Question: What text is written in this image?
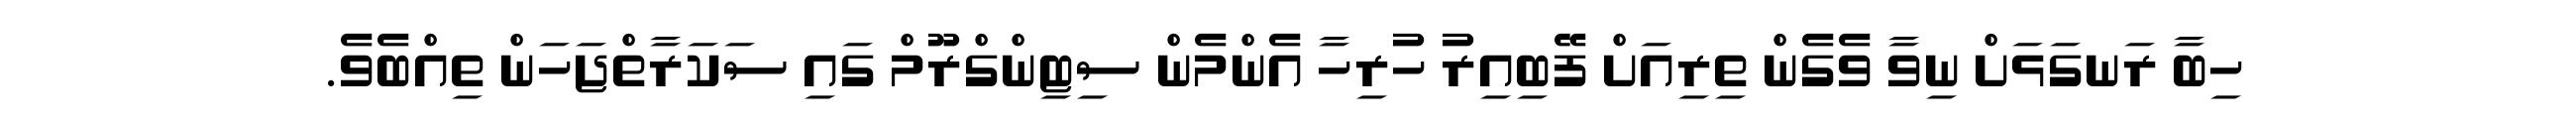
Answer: ހިބާ ރަނގަޅަށް ނިވާ ވެގެން ތިރިއަށް ފޭބިއިރު ހުރިހާ އެންމެން ސިޓިންގްރޫމް ގައި ސަކަރާތްޖަހަން ތިއްބެވެ.